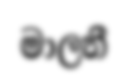
මාලනී